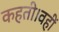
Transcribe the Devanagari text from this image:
कहती।वहीं